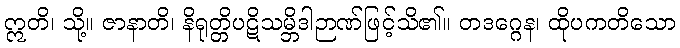
ဣတိ၊ သို့။ ဇာနာတိ၊ နိရုတ္တိပဋိသမ္ဘိဒါဉာဏ်ဖြင့်သိ၏။ တဒဂ္ဂေန၊ ထိုပကတိသော